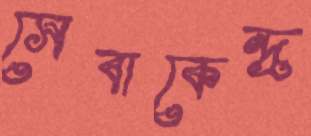
সেবাকেন্দ্র